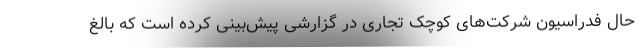
حال فدراسیون شرکت‌های کوچک تجاری در گزارشی پیش‌بینی کرده است که بالغ